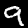
Label: 9